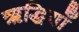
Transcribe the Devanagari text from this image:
ऋद्धियाँ